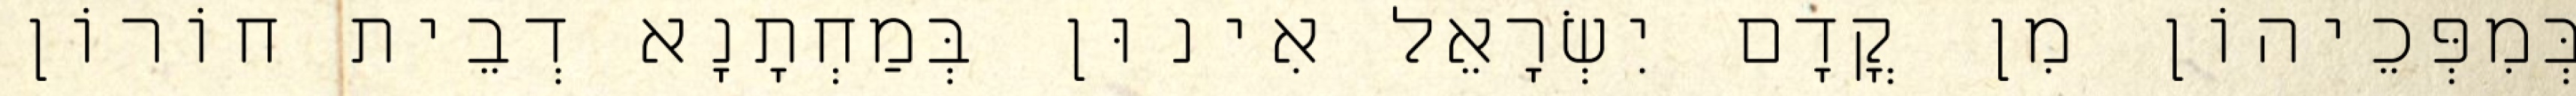
בְּמִפְּכֵיהוֹן מִן קֳדָם יִשְׂרָאֵל אִינוּן בְּמַחְתָנָא דְבֵית חוֹרוֹן